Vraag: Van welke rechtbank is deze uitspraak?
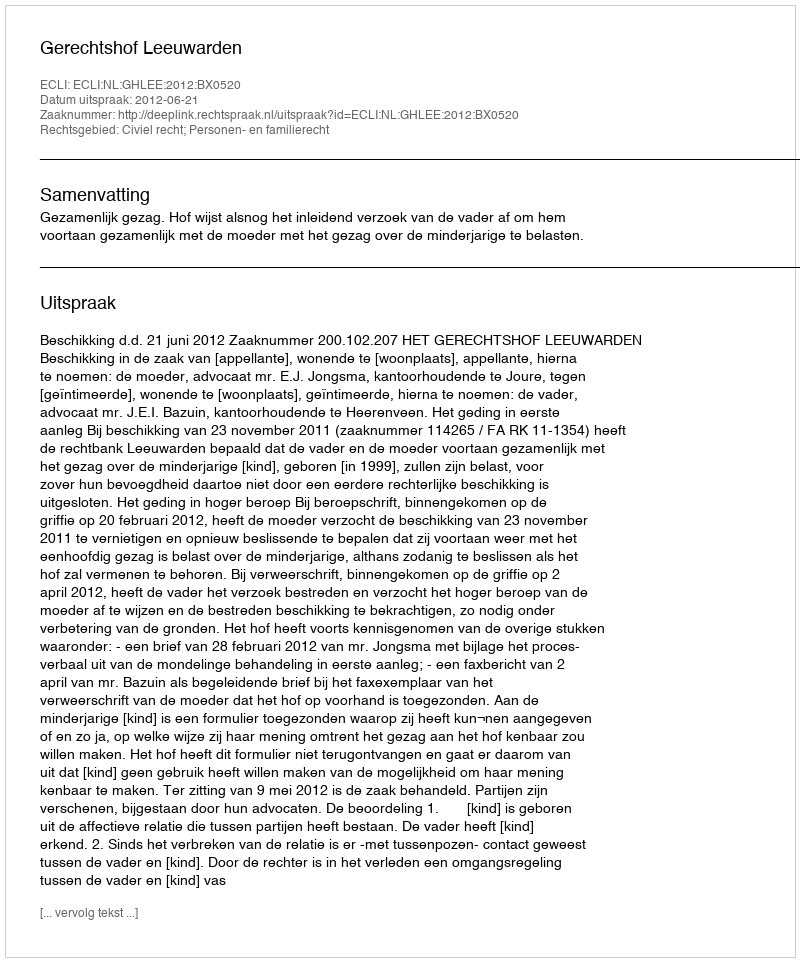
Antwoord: Gerechtshof Leeuwarden